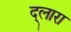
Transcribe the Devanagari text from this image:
द्लारा